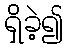
ရှိခဲ့၍